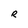
Character: R